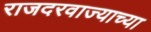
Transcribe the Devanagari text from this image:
राजदरवाज्याच्या